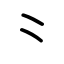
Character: ⺀